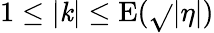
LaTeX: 1\leq|\mathit{k}|\leq\mathrm{{E}}(\sqrt{}{{|\eta|}})